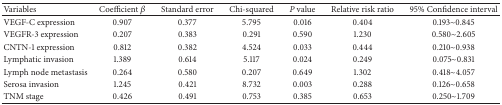
| Variables | Coefficient β | Standard error | Chi-squared | P value | Relative risk ratio | 95% Confidence interval |
 | --- | --- | --- | --- | --- | --- | --- |
 | VEGF-C expression | 0.907 | 0.377 | 5.795 | 0.016 | 0.404 | 0.193~0.845 |
 | VEGFR-3 expression | 0.207 | 0.383 | 0.291 | 0.590 | 1.230 | 0.580~2.605 |
 | CNTN-1 expression | 0.812 | 0.382 | 4.524 | 0.033 | 0.444 | 0.210~0.938 |
 | Lymphatic invasion | 1.389 | 0.614 | 5.117 | 0.024 | 0.249 | 0.075~0.831 |
 | Lymph node metastasis | 0.264 | 0.580 | 0.207 | 0.649 | 1.302 | 0.418~4.057 |
 | Serosa invasion | 1.245 | 0.421 | 8.732 | 0.003 | 0.288 | 0.126~0.658 |
 | TNM stage | 0.426 | 0.491 | 0.753 | 0.385 | 0.653 | 0.250~1.709 |